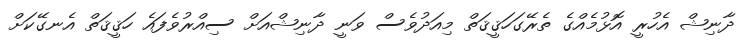
ދާނިޝް އެހުރީ އޮޅުމެއްގެ ތެރޭގަހަޤީޤަތް މިއަދުވެސް ވަނީ ދާނިޝްއަށް ސިއްރުވެފައެ ހަޤީޤަަތް އެނގޭކަށް